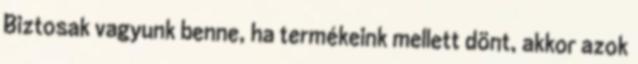
Biztosak vagyunk benne, ha termékeink mellett dönt, akkor azok